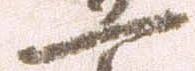
一